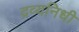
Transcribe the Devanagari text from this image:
द्रव्यनिधी